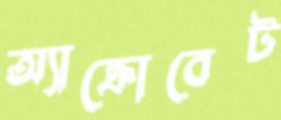
অ্যাক্রোবেট